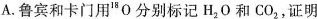
A.鲁宾和卡门用^{18}O分别标记H_{2}O和CO_{2}，证明